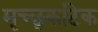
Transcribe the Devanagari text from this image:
मृच्छ्कटिक